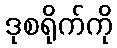
ဒုစရိုက်ကို